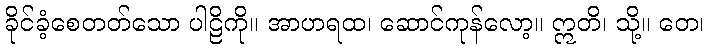
ခိုင်ခံ့စေတတ်သော ပါဠိကို။ အာဟရထ၊ ဆောင်ကုန်လော့။ ဣတိ၊ သို့။ တေ၊